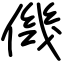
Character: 僟